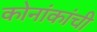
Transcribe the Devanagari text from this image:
कोनांकांची